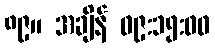
၈၉။ အချိန် ၀၉:၁၅:၀၀